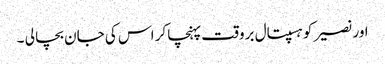
اور نصیر کو ہسپتال بروقت پہنچا کر اس کی جان بچا لی ۔